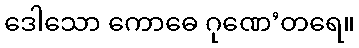
ဒေါသော ကောဓေ ဂုဏေ’တရေ။